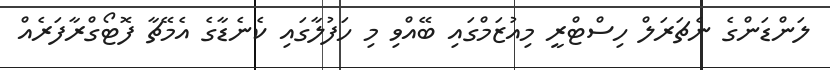
ލަންޑަންގެ ނެޗަަރަލް ހިސްޓްރީ މިއުޒަމްގައި ބޭއްވި މި ހަފުލާގައި ކެނެޑާގެ އެމޭޗާ ފޮޓޯގްރާފަރެއް